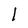
Character: 1